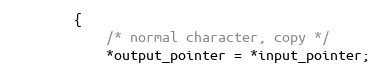
Language: C++
        {
            /* normal character, copy */
            *output_pointer = *input_pointer;